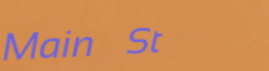
Main St